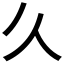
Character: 𫝄